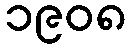
၁၉၀၈